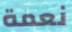
نعمة